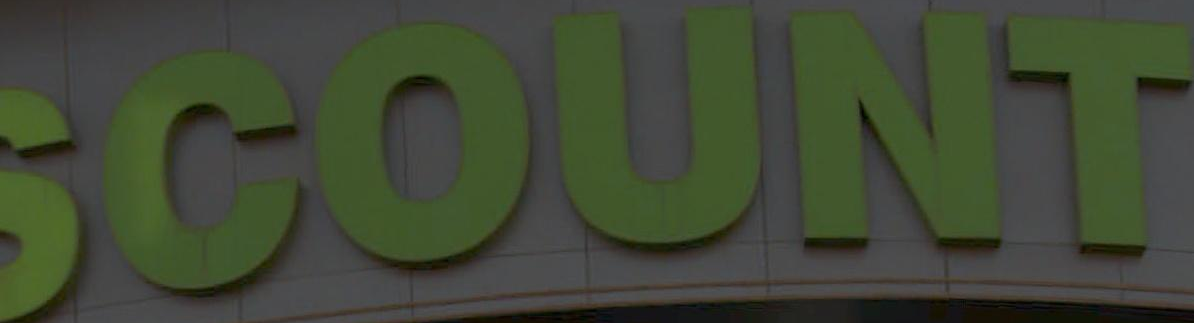
SCOUNT